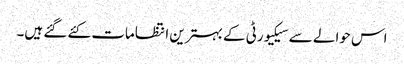
اس حوالے سے سیکیورٹی کے بہترین انتظامات کئے گئے ہیں۔